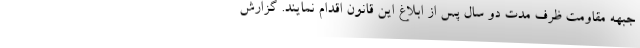
جبهه مقاومت ظرف مدت دو سال پس از ابلاغ این قانون اقدام نمایند. گزارش